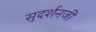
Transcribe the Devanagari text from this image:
सुदर्शनजी